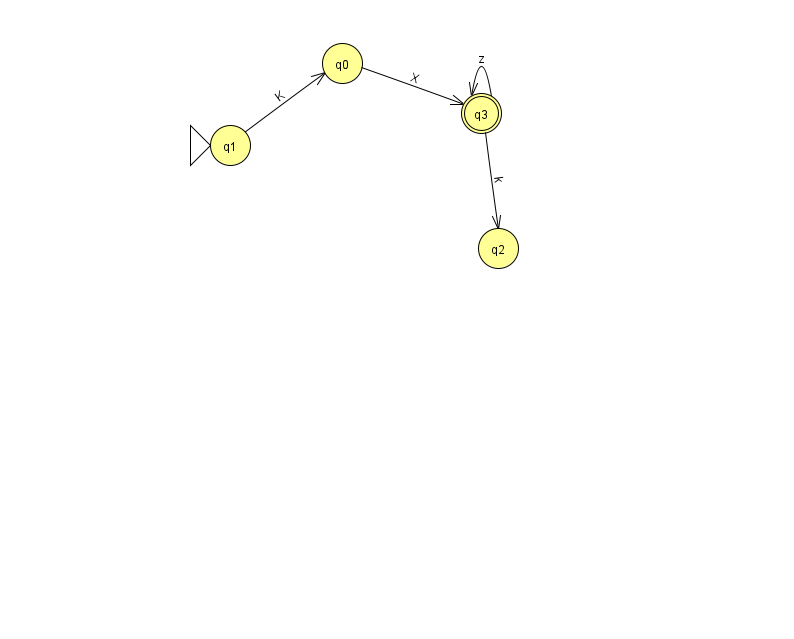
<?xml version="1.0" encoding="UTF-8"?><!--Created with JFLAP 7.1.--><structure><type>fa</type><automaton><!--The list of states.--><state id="0" name="q0"><x>342.0</x><y>50.0</y></state><state id="1" name="q1"><x>230.0</x><y>132.0</y><initial/></state><state id="2" name="q2"><x>498.0</x><y>235.0</y></state><state id="3" name="q3"><x>481.0</x><y>100.0</y><final/></state><!--The list of transitions.--><transition><from>3</from><to>2</to><read>k</read></transition><transition><from>1</from><to>0</to><read>K</read></transition><transition><from>3</from><to>3</to><read>z</read></transition><transition><from>0</from><to>3</to><read>X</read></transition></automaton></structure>